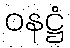
ဝနဋ္ဌံ